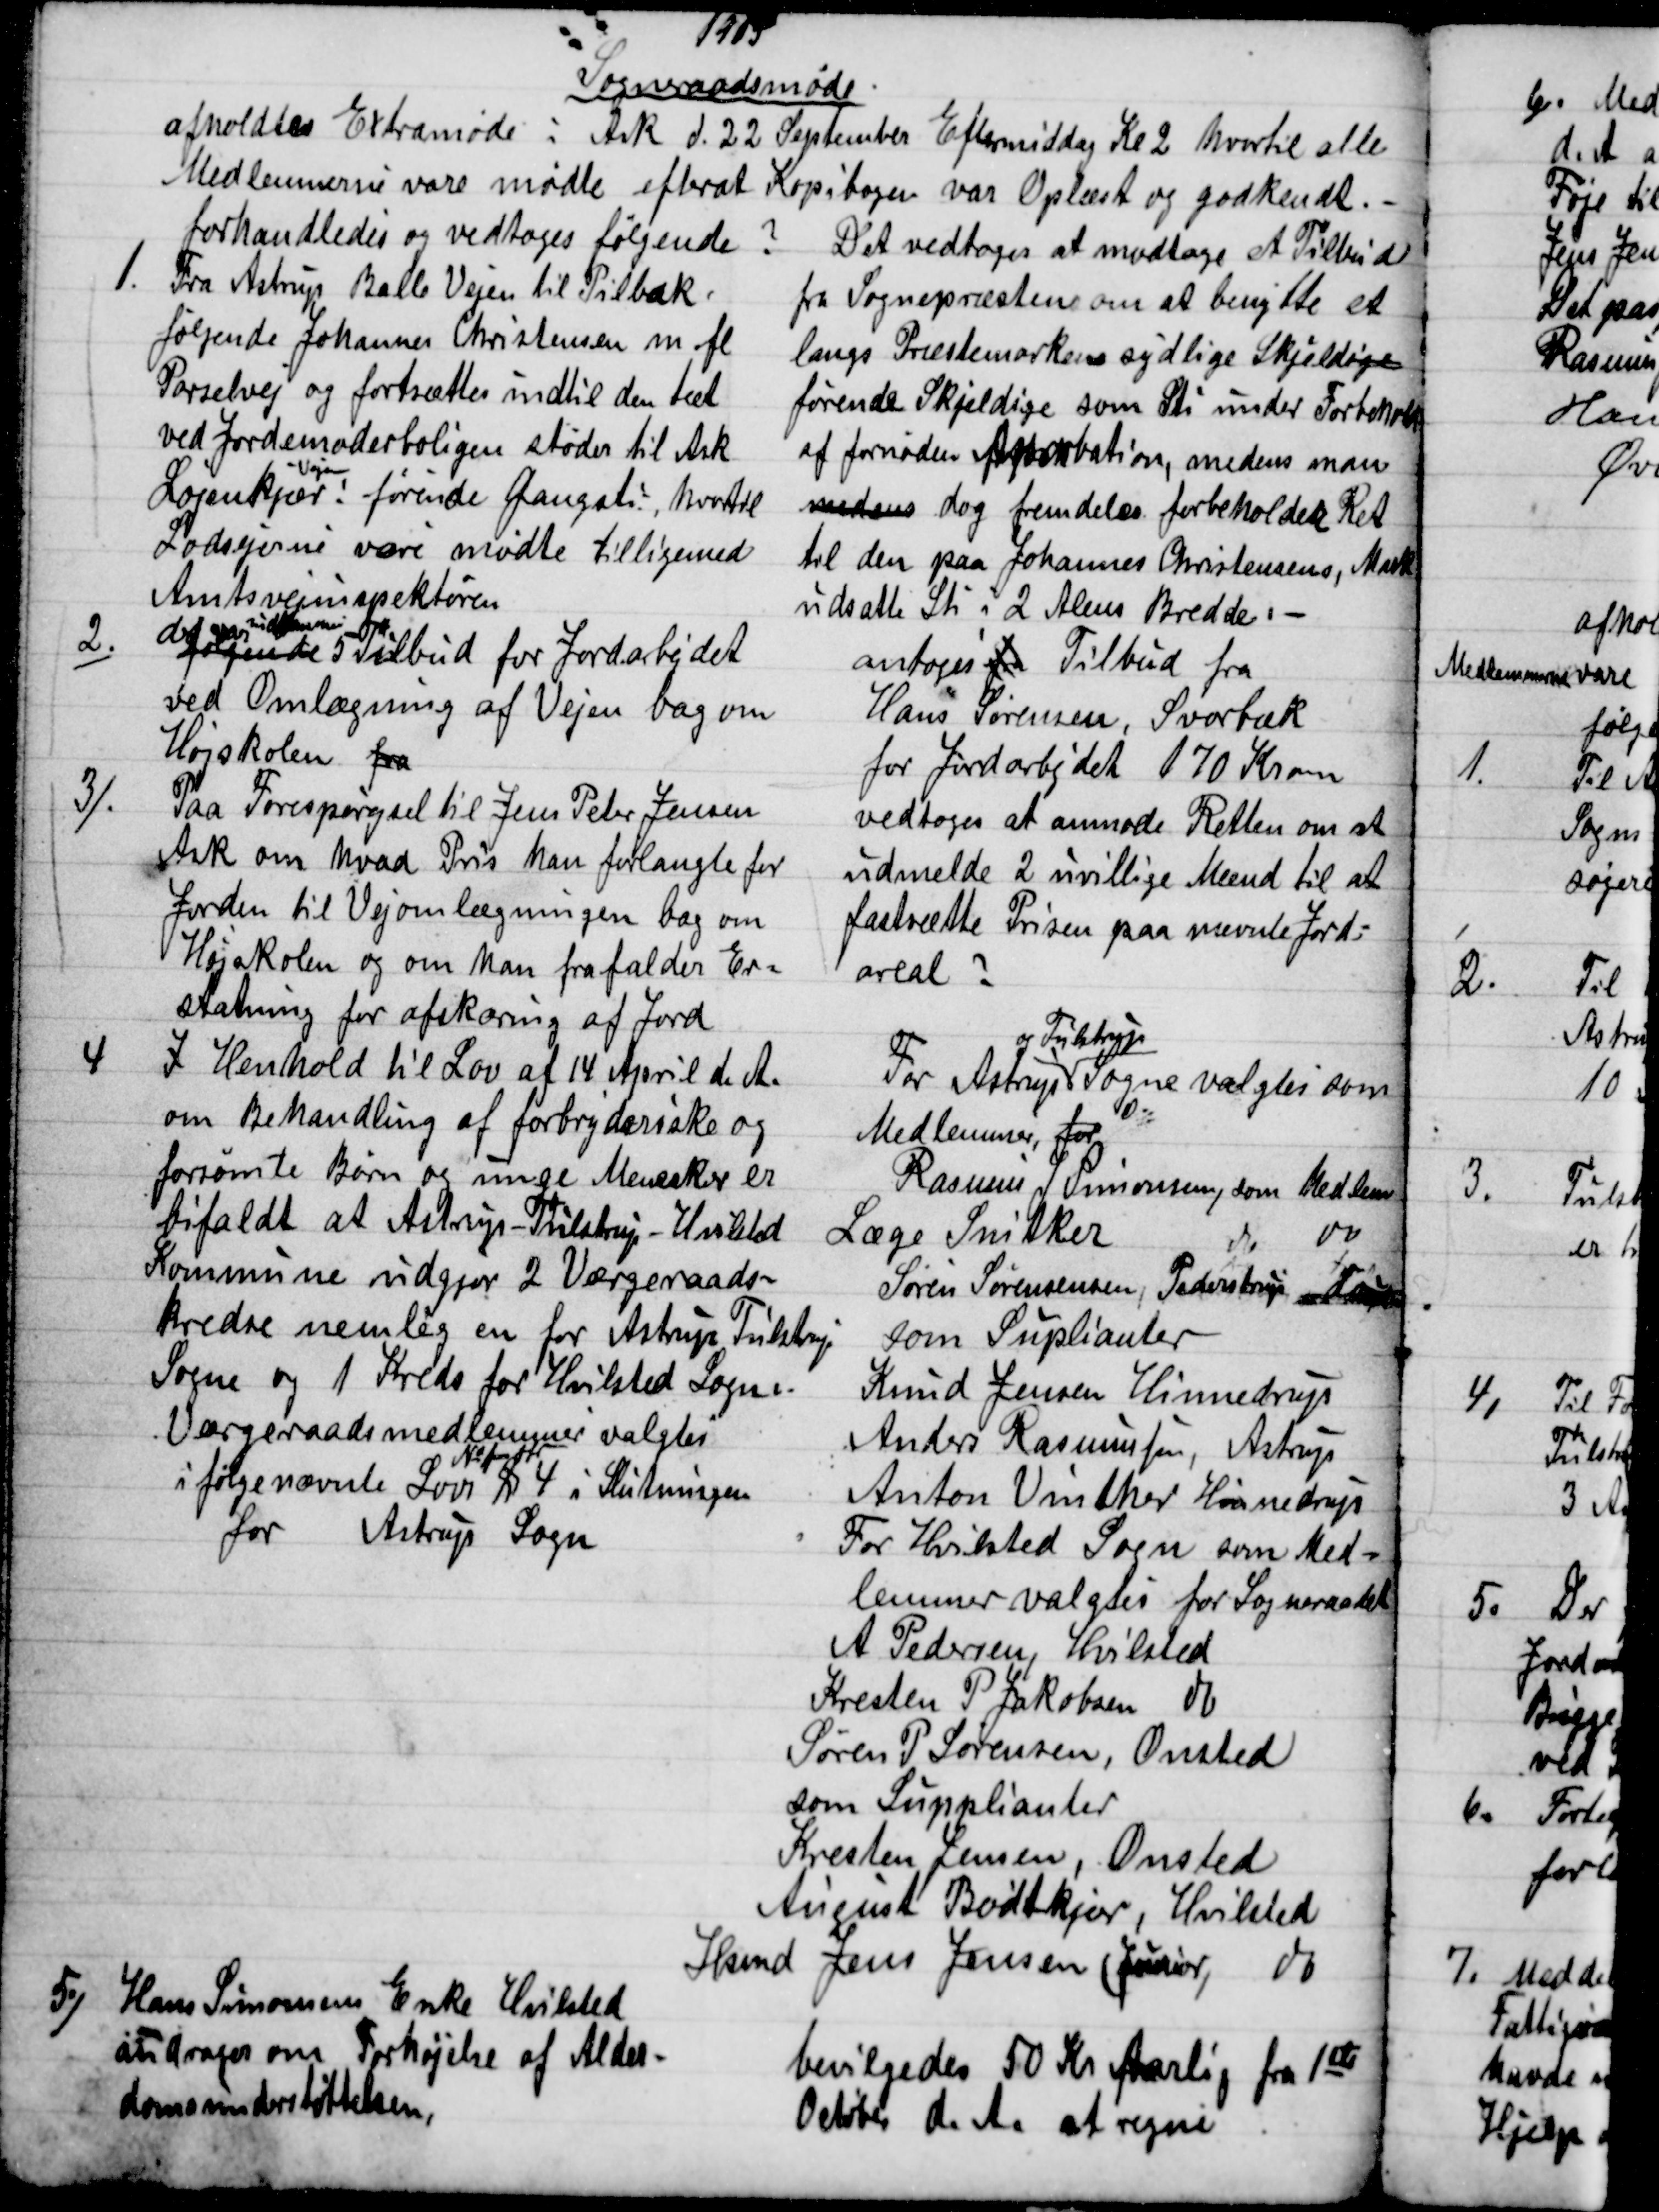
Transskription:
1905
Sogneraadsmøde
afholdtes Extramøde i Ask d. 22 September Eftermiddag Kl 2 hvortil alle
Medlemmerne vare mødte efterat Kopibogen var Oplæst og godkendt.
forhandledes og vedtoges følgende ?
1.
Fra Astrup Balle Vejen til Pilbæk.
følgende Johannes Christensen m fl
Parselvej og fortsættes indtil den tæt
ved Jordemoderboligen støder til Ask
Løjenkjær: 
-Vejen
førende Gangsti, hvortil
Lodsejerne vare mødte tilligemed
Amtsvejinspektøren
Det vedtoges at modtage et Tilbud
fra Sognepræsten om at benytte et
langs Præstemarkens sydlige Skjeldige
førende Skjeldige som Sti under Forbehold
af fornøden Aprobation, medens man
medens dog fremdeles forbeholder Ret
til den paa Johannes Christensens, Mark
udsatte Sti i 2 Alens Bredde. 
2.)
der var indkommen
følgende 5 Tilbud for Jordarbejdet
ved Omlægning af Vejen bag om
Højskolen fra
antoges fra Tilbud fra
Hans Sørensen, Svorbæk
for Jordarbejdet 170 Kroner
3).
Paa Forespørgsel til Jens Peter Jensen
Ask om hvad Pris han forlangte for
Jorden til Vejomlægningen bag om
Højskolen og om han frafalder Er-
statning for afskæring af Jord
vedtoges at anmode Retten om at
udmelde 2 uvillige Mænd til at
fastsætte Prisen paa nævnte Jord-
areal ?
4
I Henhold til Lov af 14 April d. A.
om Behandling af forbryderiske og
forsømte Børn og unge Menesker er
bifaldt at Astrup - Tulstrup - Hvilsted
Kommune udgjør 2 Værgeraads-
kredse nemlig en for Astrup Tulstrup
Sogne og 1 Kreds for Hvilsted Sogn
Værgeraadsmedlemmer valgtes
i følge nævnte Lovs 
№ fra før
§ 4 i Slutningen
for Astrup Sogn
For Astrup
og Tulstrup
Sogne valgtes som
Medlemmer, for
Rasmus J Simonsen, som Medlem
Læge Snitker 
do 
do 
Søren Sørensensen, Pederstrup 
som Suplianter
Knud Jensen Hinnedrup
Anders Rasmussen, Astrup
Anton Vinther Hinnedrup
For Hvilsted Sogn som Med-
lemmer valgtes for Sogneraadet
A Pedersen, Hvilsted
Kresten P. Jakobsen do
Søren P. Sørensen, Onsted
som Supplianter
Kresten Jensen, Onsted
August Bødtkjær, Hvilsted
Hsmd Jens Jensen (Junior,
do
5)
Hans Simonsens Enke Hvilsted
andrager om Forhøjelse af Alder-
domsunderstøttelsen,
bevilgedes 50 Kr Aarlig fra 1ste
October d. A. at regne